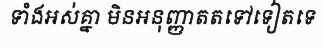
ទាំងអស់គ្នា មិនអនុញ្ញាតតទៅទៀតទេ